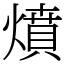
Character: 燌